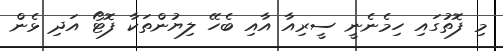
މި ފޮތުގައި ހިމެނެނީ ސީރިއާ އާއި ބެހޭ ލިޔުންތަކާ ފޮޓޯ އަދި ޅެން